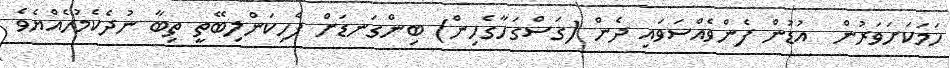
ހަމަކަށަވަރުން  އުޑުން ފެންވެއްސަވައި ދެން (ގަސްގަހާގެހިން) ބިންގަނޑަށް ފެހިކަންލިބޭތީ ތިބާ ނުދެކެމުހެއްޔެވެ